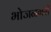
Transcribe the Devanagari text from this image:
भोजनगरी